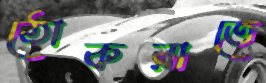
ঠোকরাতে